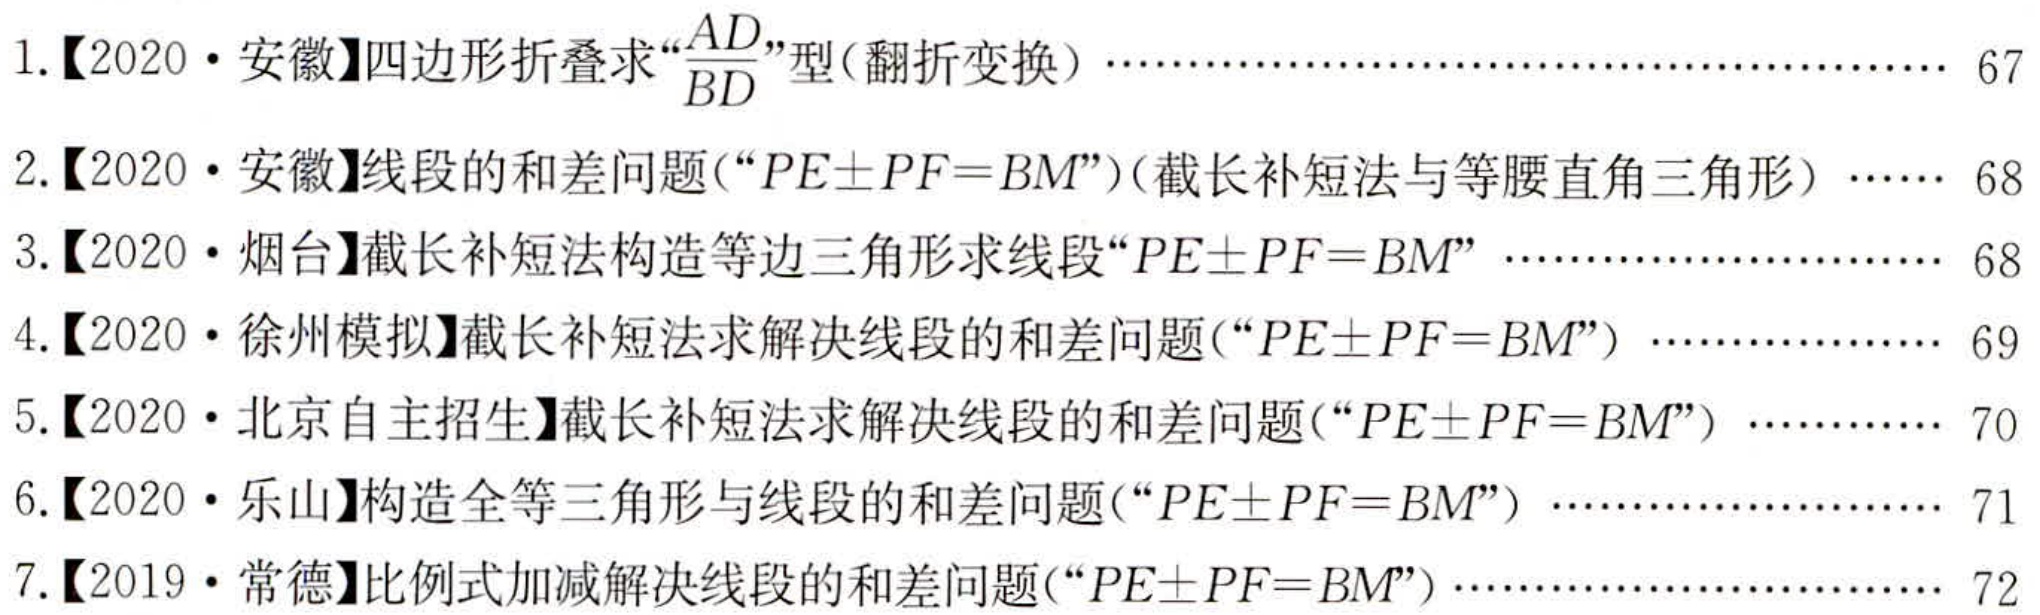
1.【2020·安徽】四边形折叠求“\(\frac{AD}{BD}\)”型(翻折变换) ……………………………………… 67
2.【2020·安徽】线段的和差问题(“\(PE\pm PF = BM\)”)(截长补短法与等腰直角三角形) …… 68
3.【2020·烟台】截长补短法构造等边三角形求线段“\(PE\pm PF = BM\)” ………………………… 68
4.【2020·徐州模拟】截长补短法求解决线段的和差问题(“\(PE\pm PF = BM\)”) ………………… 69
5.【2020·北京自主招生】截长补短法求解决线段的和差问题(“\(PE\pm PF = BM\)”) …………… 70
6.【2020·乐山】构造全等三角形与线段的和差问题(“\(PE\pm PF = BM\)”) ……………………… 71
7.【2019·常德】比例式加减解决线段的和差问题(“\(PE\pm PF = BM\)”) ………………………… 72